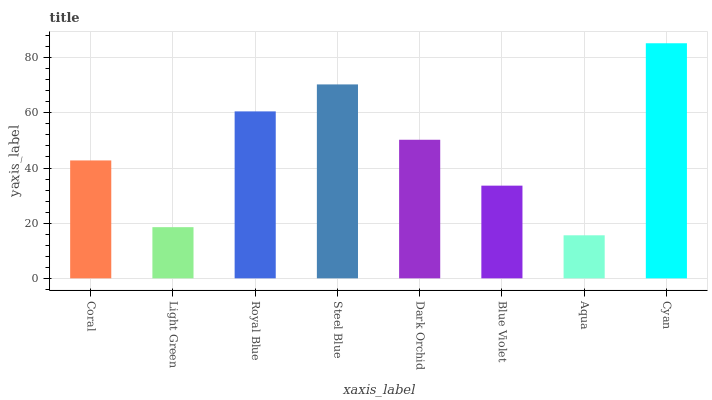
| xaxis_label | bars |
 | --- | --- |
 | Coral | 42.8 |
 | Light Green | 18.6 |
 | Royal Blue | 60.5 |
 | Steel Blue | 70.3 |
 | Dark Orchid | 50.2 |
 | Blue Violet | 33.6 |
 | Aqua | 15.6 |
 | Cyan | 85.2 |